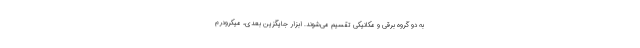
به دو گروه برقی و مکانیکی تقسیم می‌شوند. ابزار جایگزین بعدی، میکرودرم